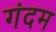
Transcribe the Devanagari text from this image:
गंदम